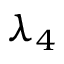
\lambda _ { 4 }